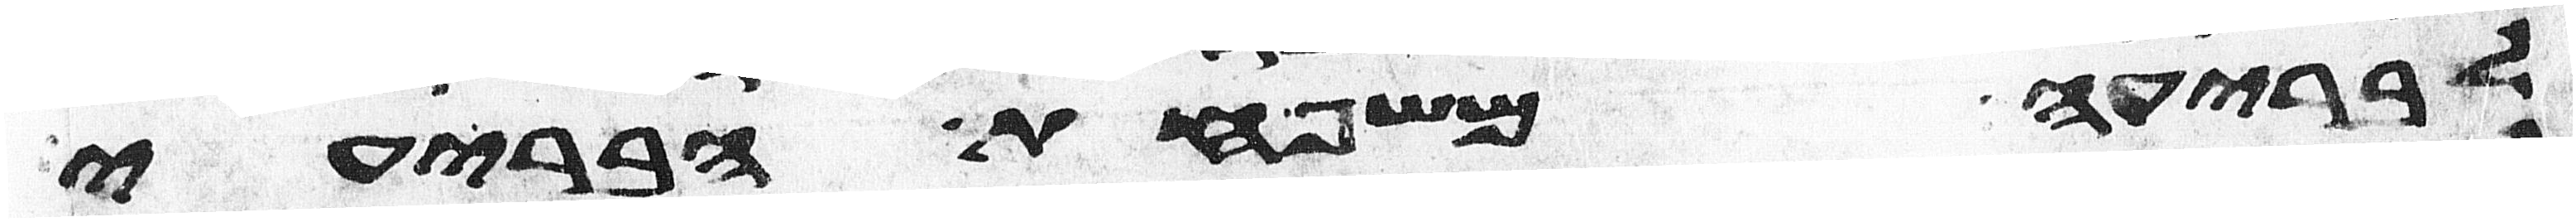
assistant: לבריעה משפחת הבריעי